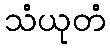
သံယုတံ